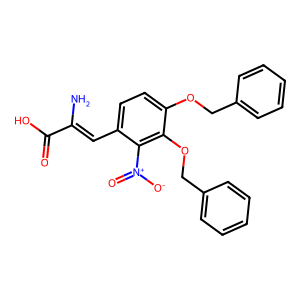
SMILES: NC(=Cc1ccc(OCc2ccccc2)c(OCc2ccccc2)c1[N+](=O)[O-])C(=O)O
Inhibits HIV replication: No